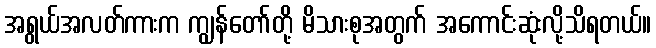
အရွယ်အလတ်ကားက ကျွန်တော်တို့ မိသားစုအတွက် အကောင်းဆုံးလို့သိရတယ်။